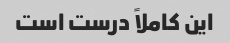
این کاملاً درست است